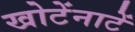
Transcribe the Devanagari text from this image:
खोटेंनाटें